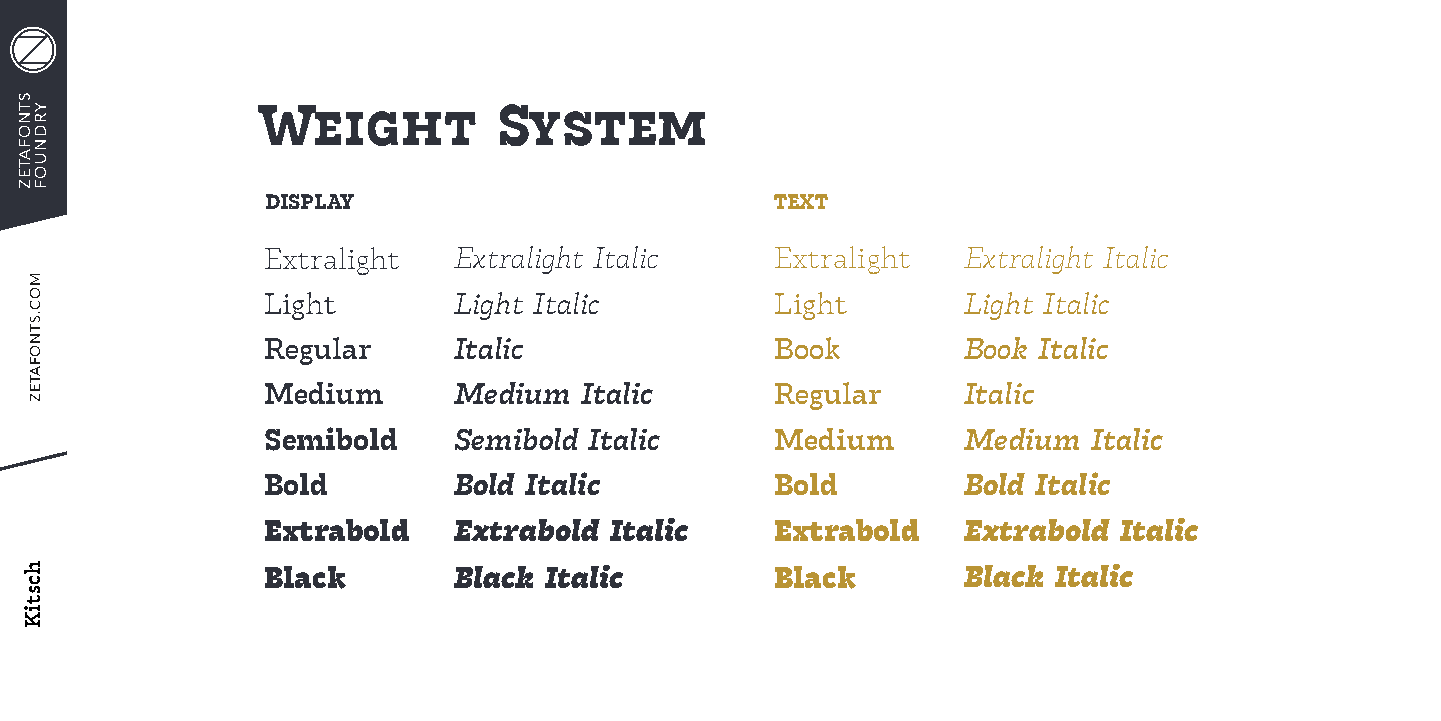
Weight          System
 DISPLAY                          TEXT
 Extralight   Extralight Italic    Extralight   Extralight Italic
 Light        Light Italic         Light        Light Italic
 Regular      Italic               Book         Book Italic
 Medium       Medium  Italic       Regular      Italic
 Semibold     Semibold Italic      Medium       Medium  Italic
 Bold         Bold Italic          Bold         Bold Italic
 Extrabold    Extrabold Italic     Extrabold    Extrabold Italic
 Black        Black Italic         Black        Black Italic
 STNOFATEZ
 YRDNUOF
 MOC.STNOFATEZ
 hcstiK